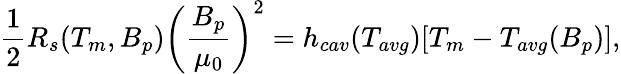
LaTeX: \frac{1}{2}R_{s}(T_{m},B_{p})\left(\frac{B_{p}}{\mu_{0}}\right)^{2}=h_{cav}(T_{avg})[T_{m}-T_{avg}(B_{p})],